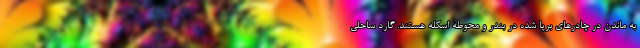
به ماندن در چادرهای برپا شده در بندر و محوطه اسکله هستند. گارد ساحلی